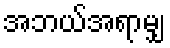
အဘယ်အရာမျှ